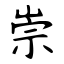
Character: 崇